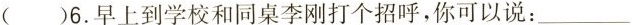
( )6.早上到学校和同桌李刚打个招呼,你可以说:___